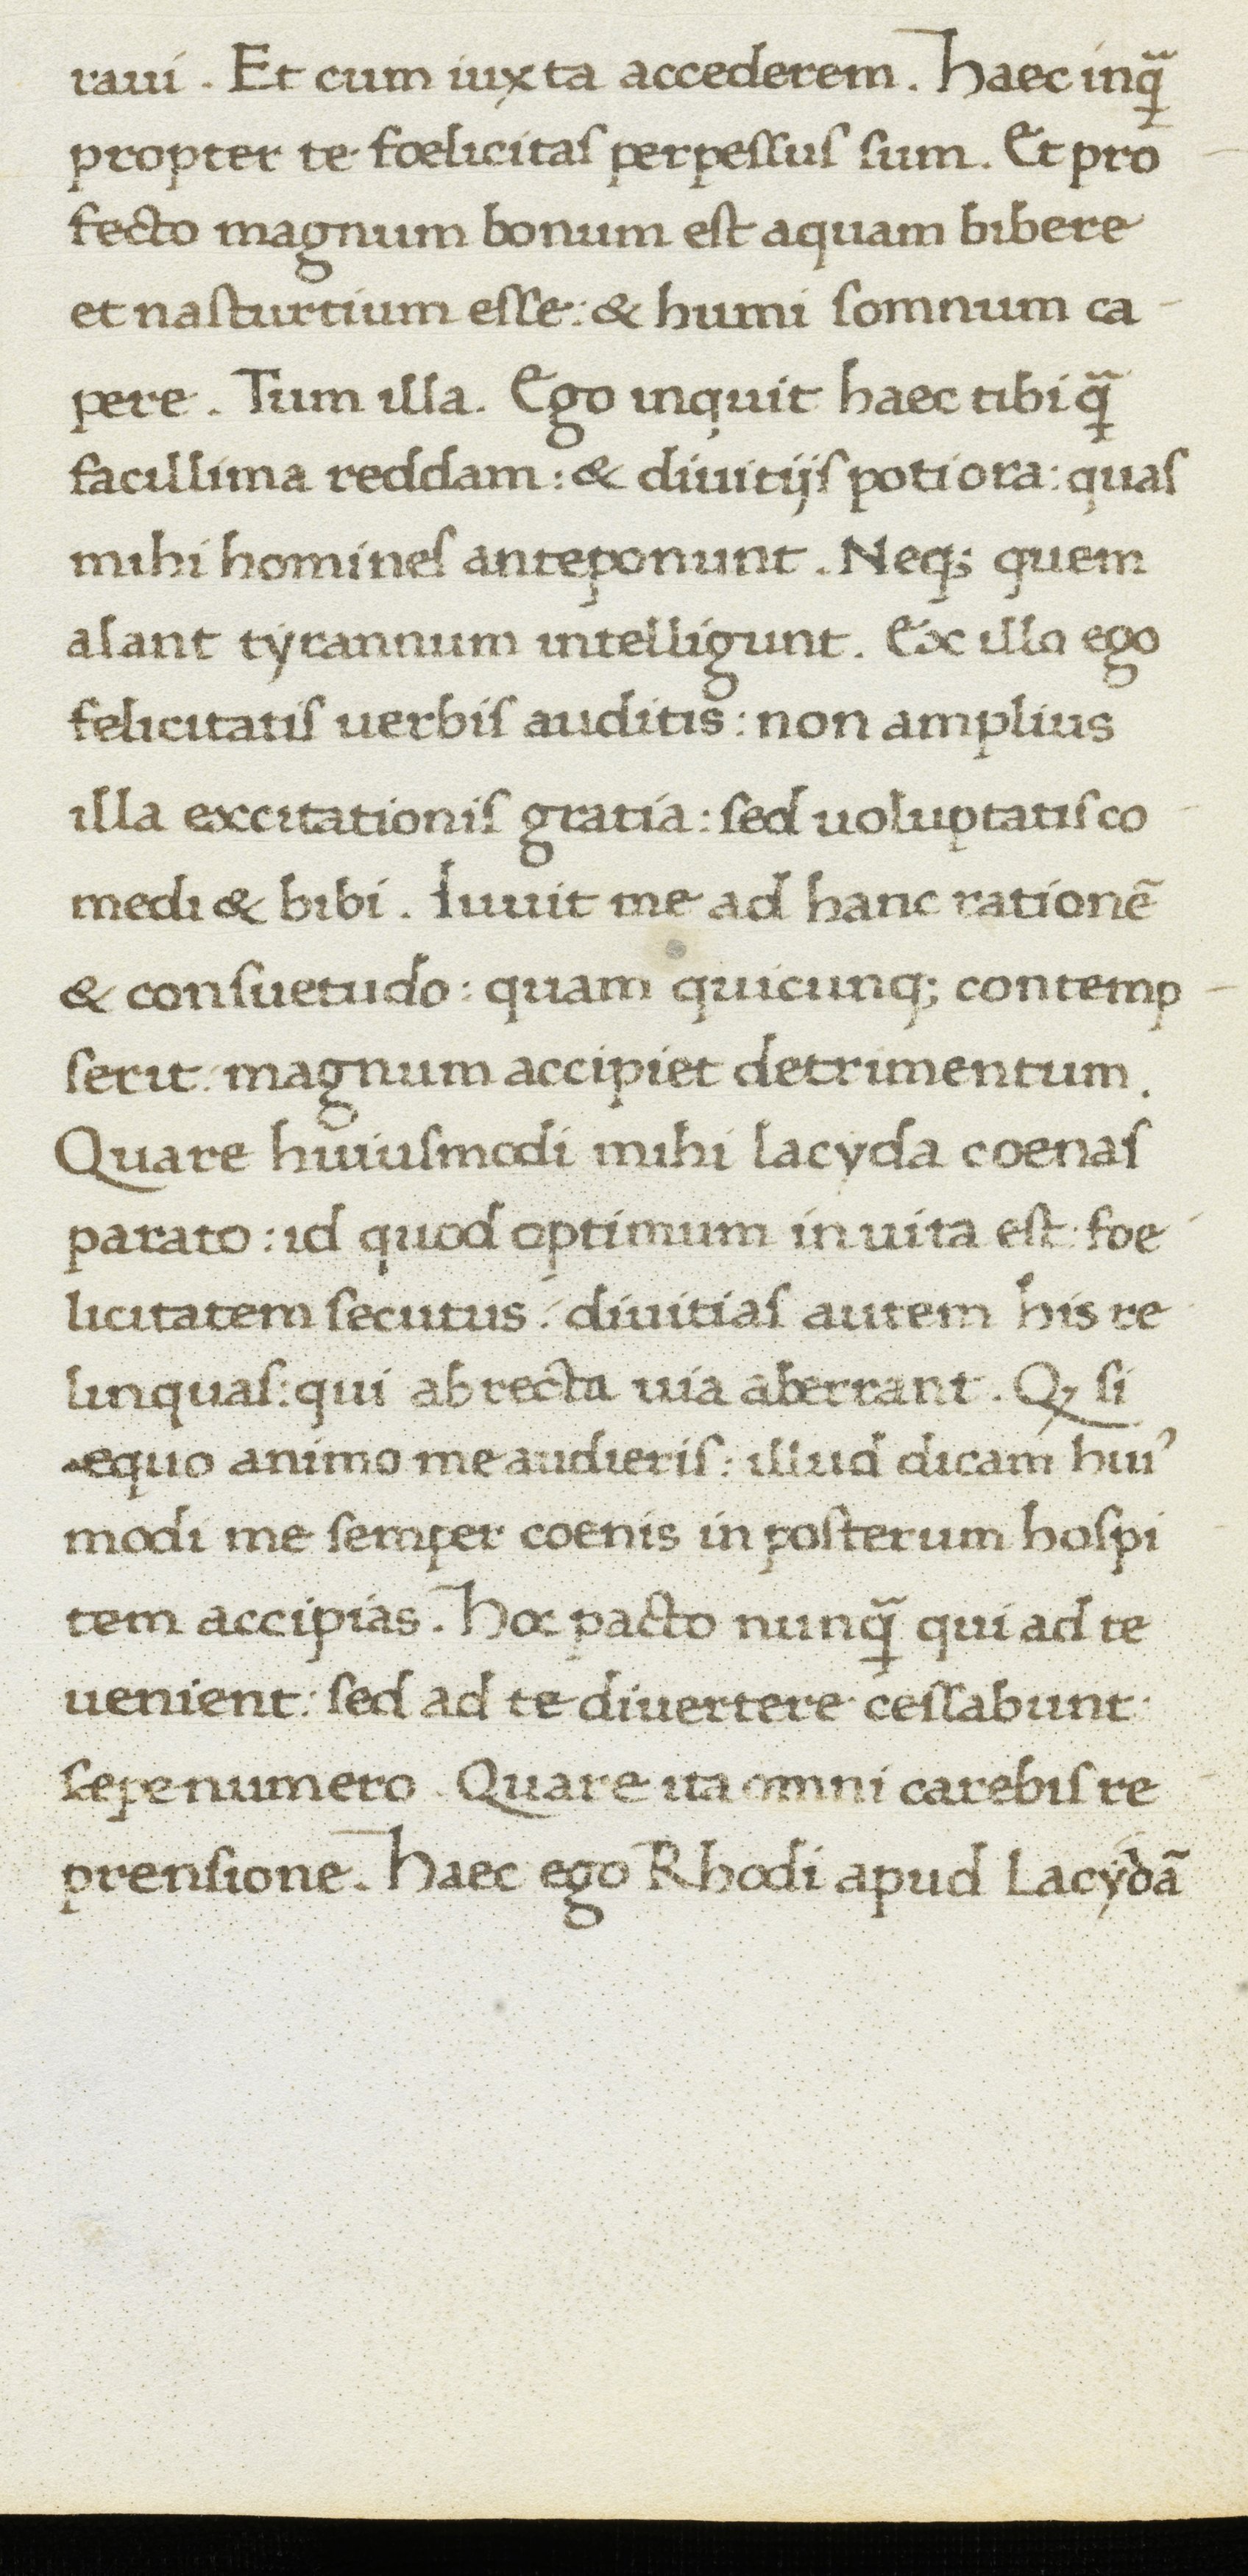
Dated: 1467–1468